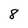
Character: 8